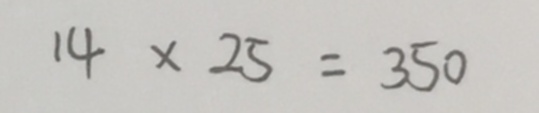
1 4 \times 2 5 = 3 5 0